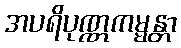
အပရိပုဏ္ဏကမ္မန္တာ